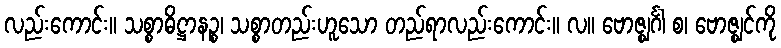
လည်းကောင်း။ သစ္စာဓိဋ္ဌာနဉ္စ၊ သစ္စာတည်းဟူသော တည်ရာလည်းကောင်း။ လ။ ဗောဇ္ဈင်္ဂါ စ၊ ဗောဇ္ဈင်ကို